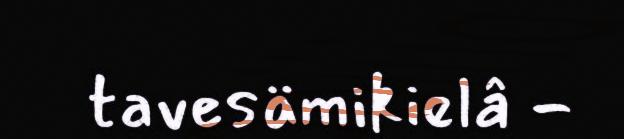
tavesämikielâ -